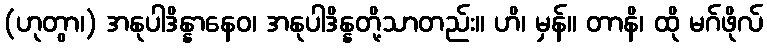
(ဟုတွာ၊) အနုပါဒိန္နာနေဝ၊ အနုပါဒိန္နတို့သာတည်း။ ဟိ၊ မှန်။ တာနိ၊ ထို မဂ်ဖိုလ်